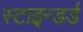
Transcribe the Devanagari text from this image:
स्टाइन्डर्ड